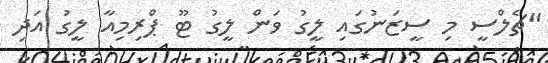
"ޗެލްސީ މި ސީޒަނުގައި ލީގު ވަން ލީގު ޓޫ ޕްރިމިއާ ލީގު އަދި